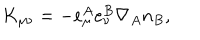
K _ { \mu \nu } = - e _ { \mu } ^ { A } e _ { \nu } ^ { B } \nabla _ { A } n _ { B } ,